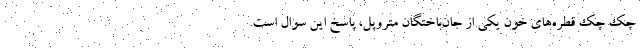
چک چکِ قطره‌های خون یکی از جان‌باختگان متروپل، پاسخ این سوال است.